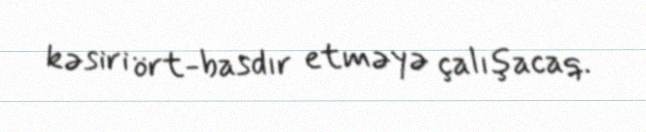
kəsiri ört-basdır etməyə çalışacaq.